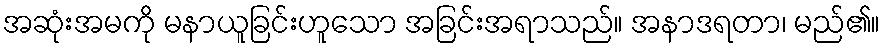
အဆုံးအမကို မနာယူခြင်းဟူသော အခြင်းအရာသည်။ အနာဒရတာ၊ မည်၏။